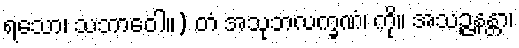
ရသော၊ သဘာဝေါ။) တံ အသုဘလက္ခဏံ၊ ကို။ အသဉ္ဇနန္တာ၊